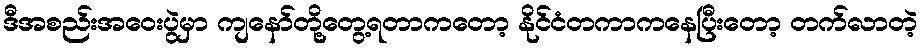
ဒီအစည်းအဝေးပွဲမှာ ကျနော်တို့တွေ့ရတာကတော့ နိုင်ငံတကာကနေပြီးတော့ တက်လာတဲ့